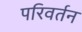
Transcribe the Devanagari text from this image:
परिवर्तन